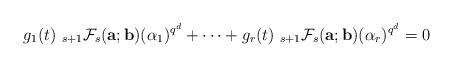
LaTeX: \begin{align*}g_1(t)~_{s+1}\mathcal{F}_{s}({\bf a}; {\bf b})(\alpha_1)^{q^d}+\cdots+g_r(t)~_{s+1}\mathcal{F}_{s}({\bf a}; {\bf b})(\alpha_r)^{q^d}=0\end{align*}